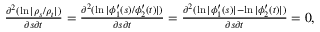
\begin{array} { r } { \frac { \partial ^ { 2 } ( \ln | \rho _ { s } / \rho _ { t } | ) } { \partial s \partial t } = \frac { \partial ^ { 2 } ( \ln | \phi _ { 1 } ^ { \prime } ( s ) / \phi _ { 2 } ^ { \prime } ( t ) | ) } { \partial s \partial t } = \frac { \partial ^ { 2 } ( \ln | \phi _ { 1 } ^ { \prime } ( s ) | - \ln | \phi _ { 2 } ^ { \prime } ( t ) | ) } { \partial s \partial t } = 0 , } \end{array}